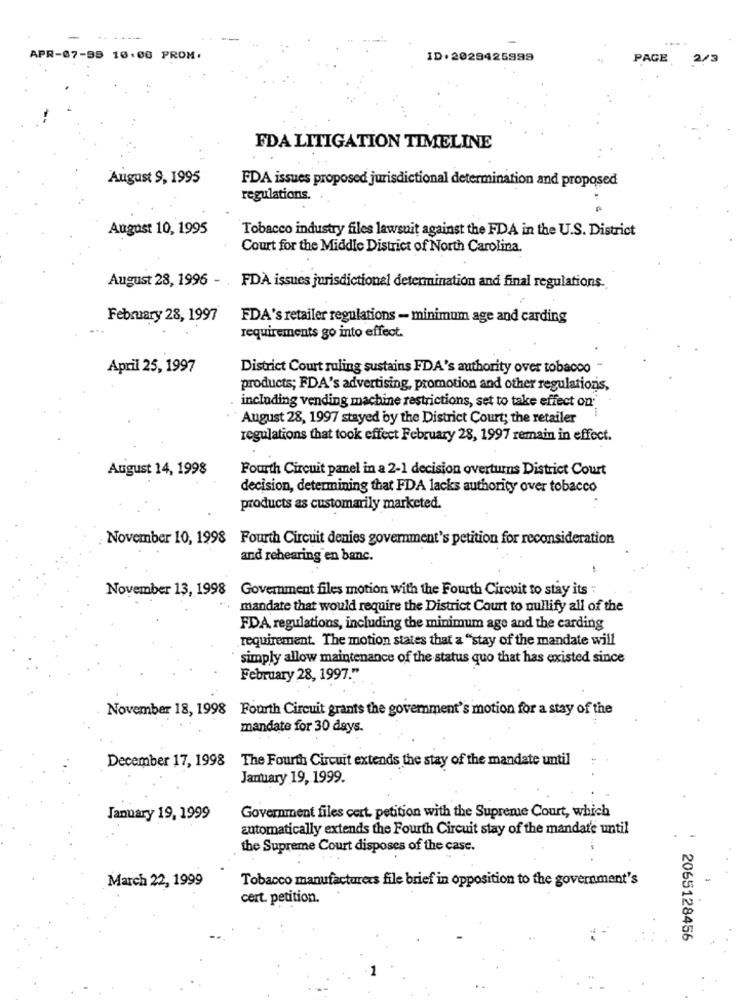
APR-07-99 10:08 PROM.
ID. 2029425999
PAGE
2/3
FDA LITIGATION TIMELINE
August 9, 1995
FDA issues proposed jurisdictional determination and proposed
regulations.
August 10, 1995
Tobacco industry files lawsuit against the FDA in the U.S. District
Court for the Middle District of North Carolina.
August 28, 1996 - FDA issues jurisdictional determination and final regulations.
February 28, 1997
FDA's retailer regulations - minimum age and carding
requirements go into effect.
April 25, 1997
District Court ruling sustains FDA's authority over tobacco "
products; FDA's advertising, promotion and other regulations,
including vending machine restrictions, set to take effect on'
August 28, 1997 stayed by the District Court; the retailer
regulations that took effect February 28, 1997 remain in effect.
August 14, 1998
Fourth Circuit panel in a 2-1 decision overturns District Court
decision, determining that FDA lacks authority over tobacco
products as customarily marketed.
November 10, 1998 Fourth Circuit denies government's petition for reconsideration
and rehearing en banc.
November 13, 1998 Government files motion with the Fourth Circuit to stay its "
mandate that would require the District Court to nullify all of the
FDA regulations, including the minimum age and the carding
requirement. The motion states that a "stay of the mandate will
simply allow maintenance of the status quo that has existed since
February 28, 1997."
November 18, 1998 Fourth Circuit grants the government's motion for a stay of the
mandate for 30 days.
The Fourth Circuit extends the stay of the mandate until
December 17, 1998
January 19, 1999.
January 19, 1999
Government files cert. petition with the Supreme Court, which
automatically extends the Fourth Circuit stay of the mandate until
the Supreme Court disposes of the case.
March 22, 1999
Tobacco manufacturers file brief in opposition to the government's
cert. petition.
2065128456